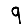
Digit: 9